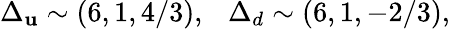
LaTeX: \Delta_{\mathbf{u}}\sim(6,1,4/3),~~~\Delta_{d}\sim(6,1,-2/3),